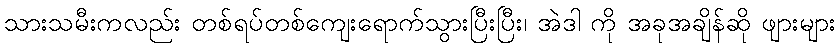
သားသမီးကလည်း တစ်ရပ်တစ်ကျေးရောက်သွားပြီးပြီး၊ အဲဒါ ကို အခုအချိန်ဆို ဖျားများ